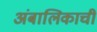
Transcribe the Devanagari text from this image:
अंबालिकाची